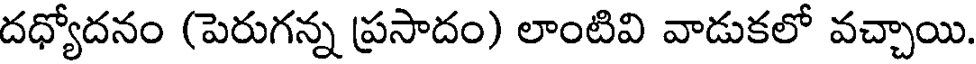
దధ్యోదనం (పెరుగన్న ప్రసాదం) లాంటివి వాడుకలో వచ్చాయి.